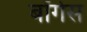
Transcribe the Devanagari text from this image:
बॉर्गेस